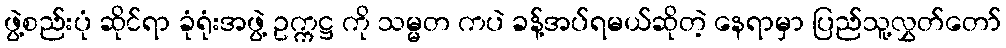
ဖွဲ့စည်းပုံ ဆိုင်ရာ ခုံရုံးအဖွဲ့ ဥက္ကဋ္ဌ ကို သမ္မတ ကပဲ ခန့်အပ်ရမယ်ဆိုတဲ့ နေရာမှာ ပြည်သူ့လွှတ်တော်